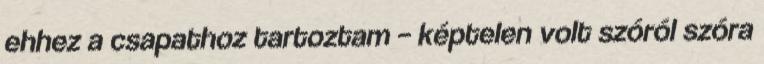
ehhez a csapathoz tartoztam – képtelen volt szóról szóra